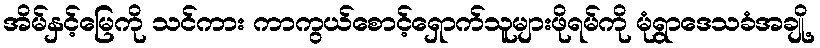
အိမ်နှင့်မြေကို သင်ကား ကာကွယ်စောင့်ရှောက်သူများဖိုရမ်ကို မုံရွာဒေသခံအချို့